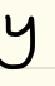
y